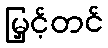
မြှင့်တင်